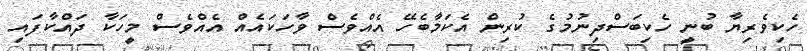
ހެކިވެރިޔާ ބުނީ ހެކިބަސްދިނުމުގެ ކުރިން އެކަމާބެހޭ އެއްވެސް ވާހަކައެއް އެއްވެސް މީހަކާ ދައްކާފައި